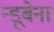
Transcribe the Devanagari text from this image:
न्डूबेना